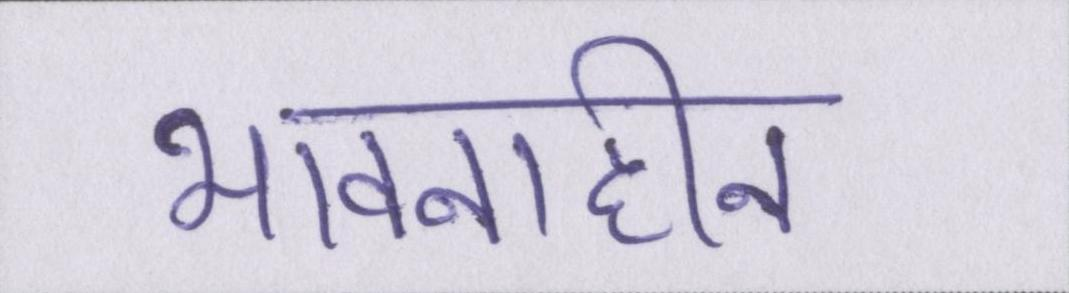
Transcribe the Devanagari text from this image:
भावनाहीन